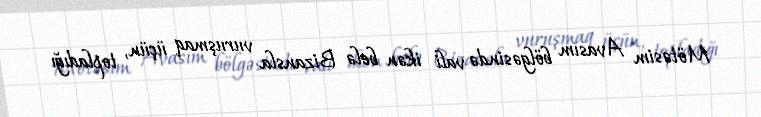
Mötəsim Avasım bölgəsində vali ikən belə Bizansla vuruşmaq üçün, topladığı